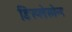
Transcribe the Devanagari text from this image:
डिस्प्लेस्मेन्ट